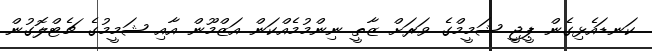
ކަނޑައެޅިގެން ޕީޖީ ޝަމީމްގެ ވަރަށް ޒާތީ ނިންމުމެއްކަން އަޒްމޫން އާއި ޝަމީމުގެ ޗެޓްލޮގުން